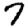
Digit: 7